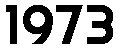
1973